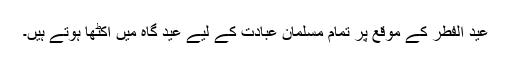
عید الفطر کے موقع پر تمام مسلمان عبادت کے لیے عید گاہ میں اکٹھا ہوتے ہیں۔